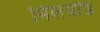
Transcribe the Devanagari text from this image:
मिलपोंड